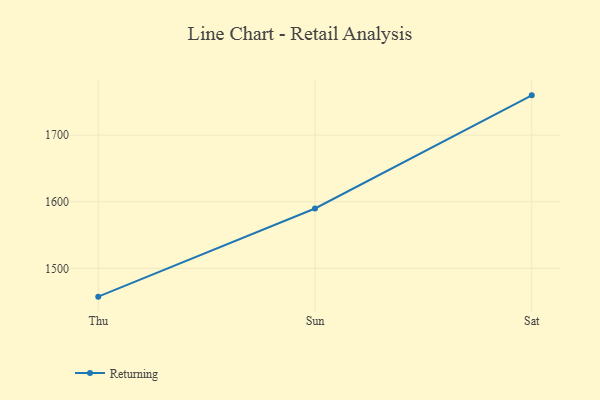
{"axis": {"x": "Day", "y": "Website Visitors"}, "legend": ["Returning"], "data": [{"x": "Thu", "y": 1457.5, "type": "Returning"}, {"x": "Sun", "y": 1589.9, "type": "Returning"}, {"x": "Sat", "y": 1759.8, "type": "Returning"}]}